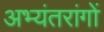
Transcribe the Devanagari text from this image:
अभ्यंतरांगों